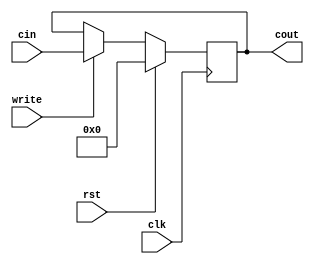
`timescale 1ns / 1ps

module Register(
	input clk,
	input [31:0] cin,
	input rst,
	input write,
	output reg [31:0] cout
    );
	 
	initial begin
		cout = 0;
	end
	
	always @ (posedge clk) begin 
		if (rst)
			cout <= 0;
		else if(write)
			cout <= cin;
	end

endmodule